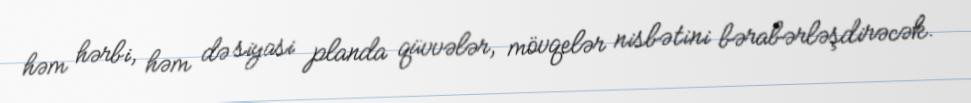
həm hərbi, həm də siyasi planda qüvvələr, mövqelər nisbətini bərabərləşdirəcək.